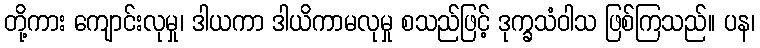
တို့ကား ကျောင်းလုမှု၊ ဒါယကာ ဒါယိကာမလုမှု စသည်ဖြင့် ဒုက္ခသံဝါသ ဖြစ်ကြသည်။ ပန၊